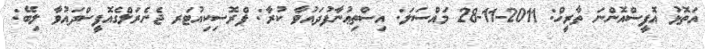
އަތޮޅު އޮފީސްއޮންނަ ތާރީޚް: 2011-11-28 މައްސަލަ: އިސްތިޢުނާފުދައުވާ ކުރާ: ޕްރޮސިކިއުޓަރ ޖެނެރަލްގެއޮފީސްދައުވާ ލިބޭ: